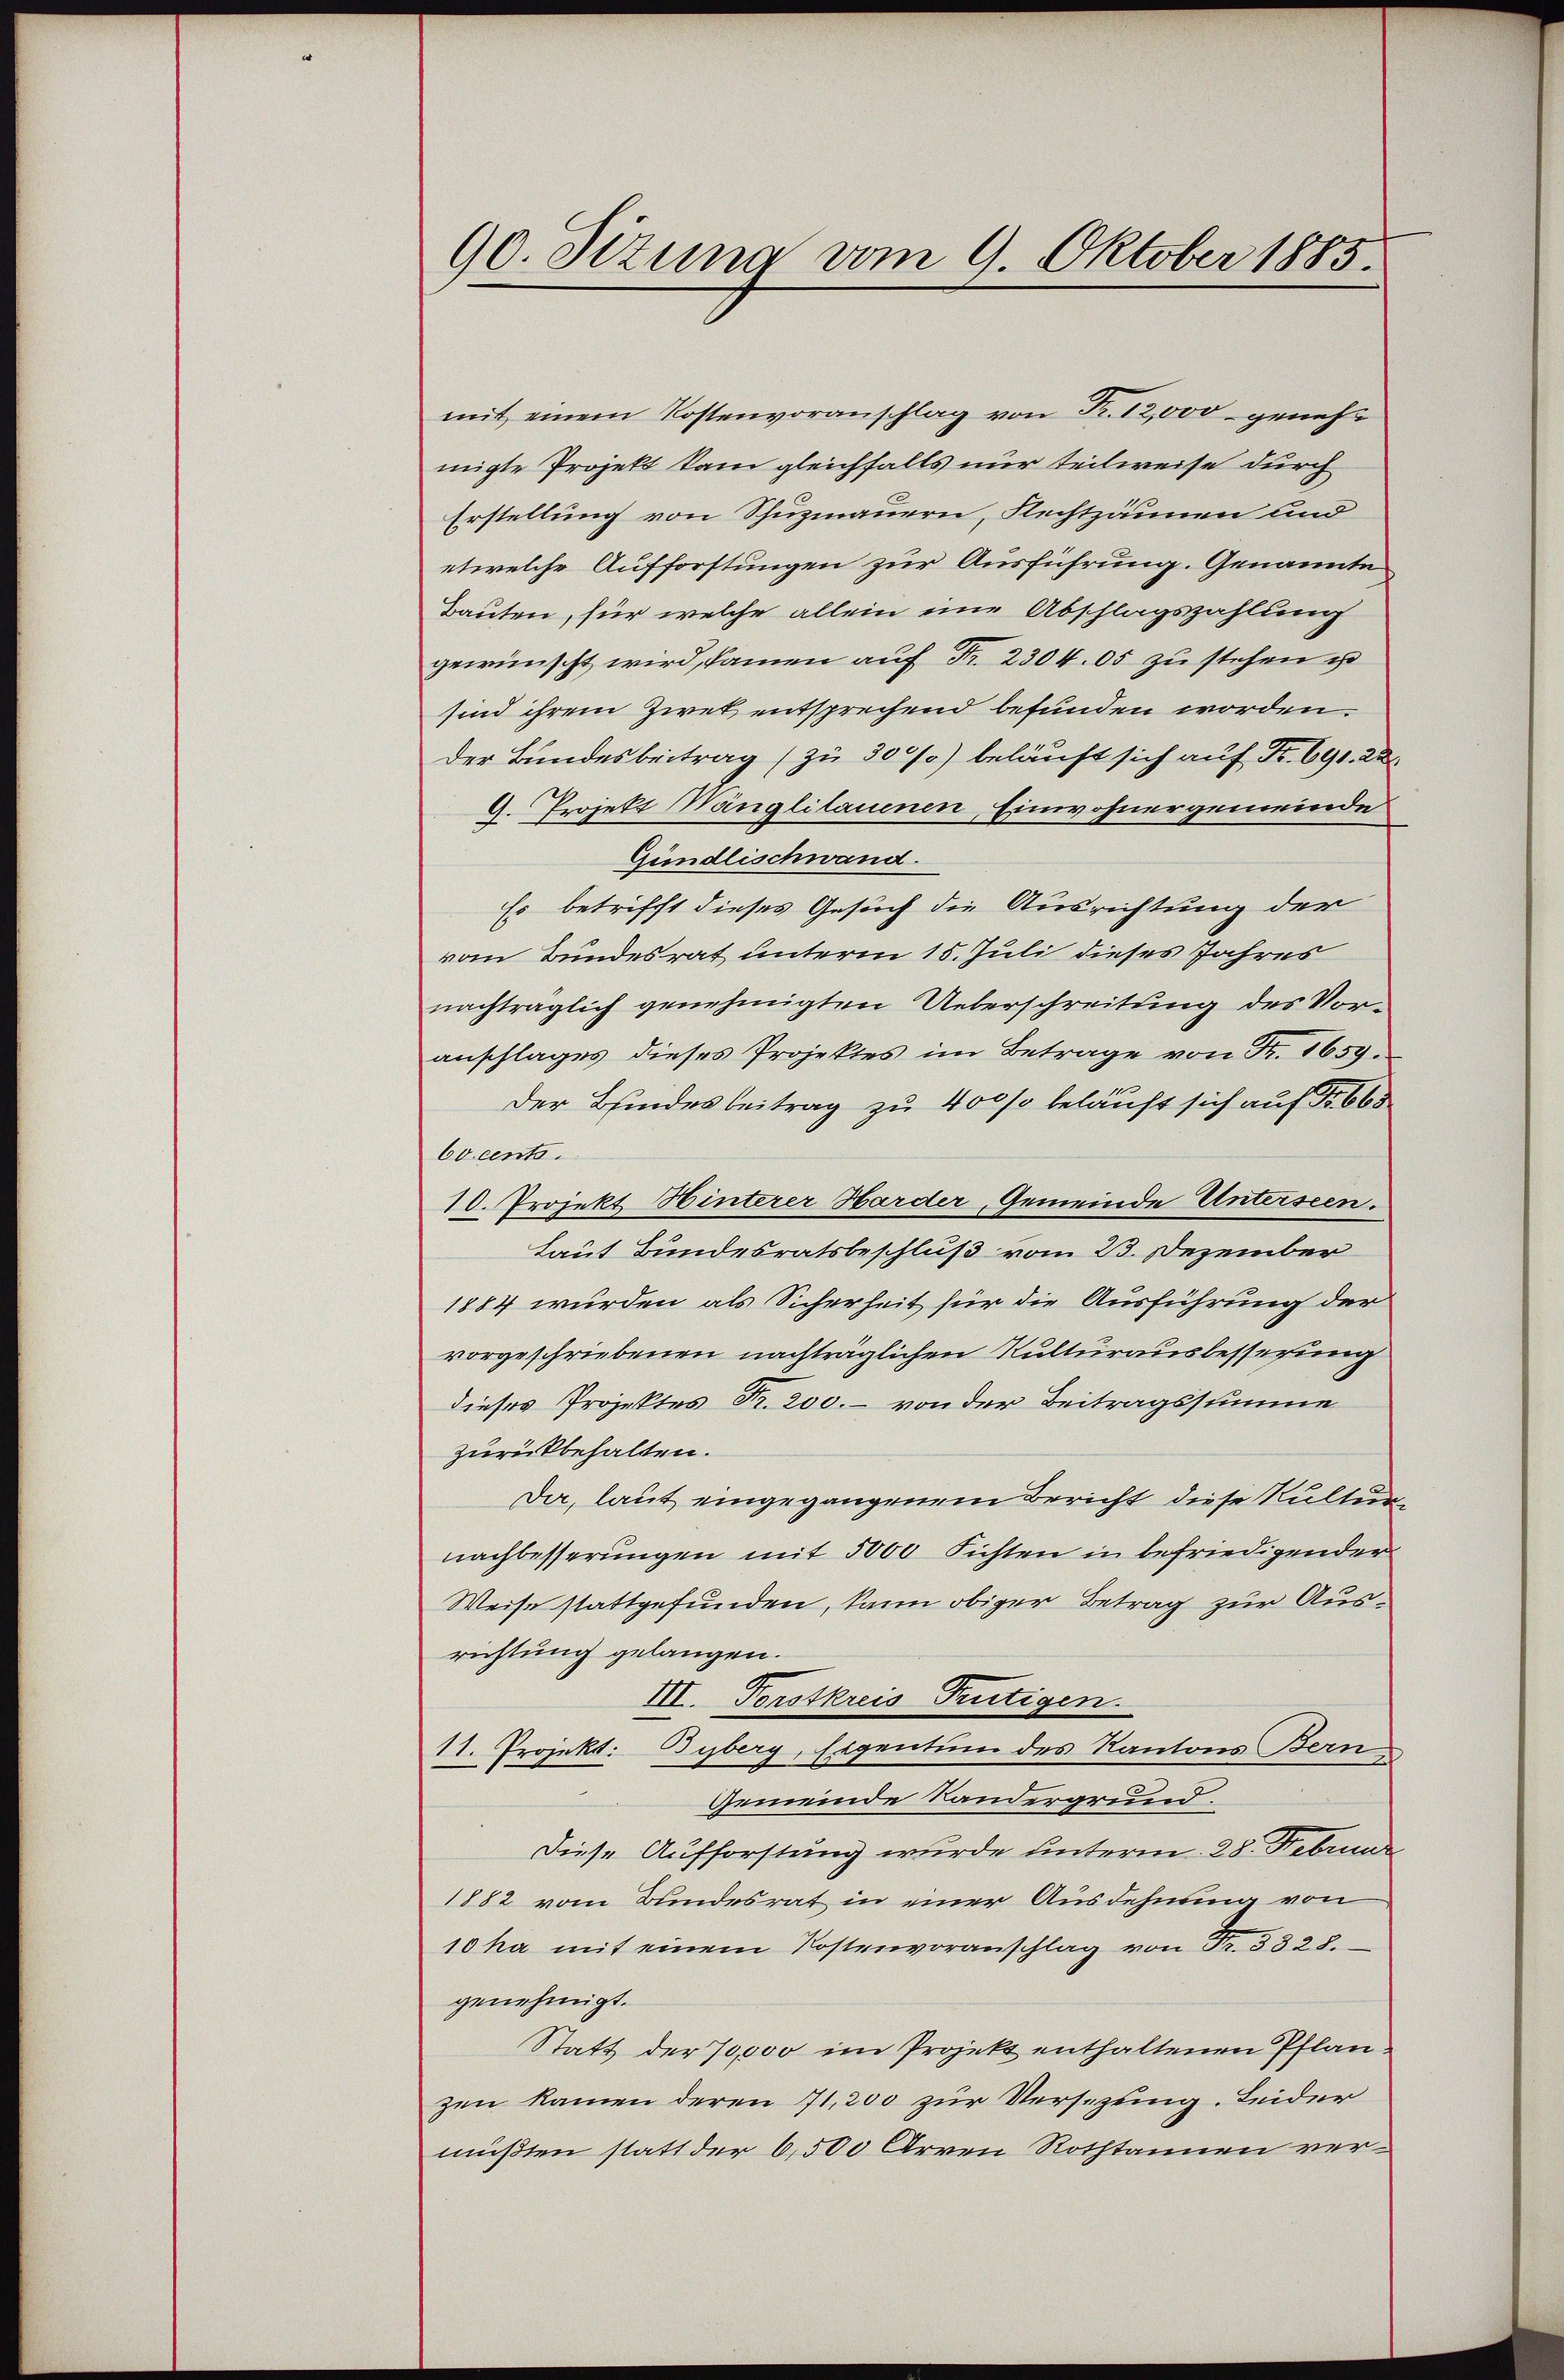
90. Sizung vom 9. Oktober 1885.

mit einem Kostenvoranschlag von Fr. 12,000 genehmigte Projekt kam gleichfalls nur teilweise durch
Erstellung von Schuzmauern, Fechtzäunen und
etwelche Aufforstungen zur Ausführung. Genannte
Bauten, für welche allein eine Abschlagszahlung
gewünscht wird, kamen auf Fr. 2304. 05 zu stehen ist
sind ihrem Zwek entsprechend befunden worden.
Der Bundesbeitrag (zu 300%) beläuft sich auf Fr. 691. 22
9. Projekt Mänglilauenen, Einwohnergemeinde
Gündlischwand.
Es betrifft dieses Gesuch die Ausrichtung der
vom Bundesrat unterm 15. Juli dieses Jahres
nachträglich genehmigten Ueberschreitung des Voranschlages dieses Projektes im Betrage von Fr. 1659.
Der Bindesbeitrag zu 400 % beläuft sich auf Fr. 665
6o cento.
10. Projekt. Winterer Harder, Gemeinde Unterseen.
Laut Bundesratsbeschluß vom 23. Dezember
1884 wurden als Sicherheit für die Ausführung der
vorgeschriebenen nachträglichen Kulturausbesserung
dieses Projektes Fr. 200. – von der Beitragssumme
zurückbehalten.
Da, laut eingegangenem Bericht diese Kultur-
nachbesserungen mit 5000 Fichten in befriedigender
Weise stattgefunden, kann obiger Betrag zur Ausrichtung gelangen.
III. Forstkreis Frutigen.
11. Projekt. Byberg, Eigentum des Kantons Bern,
Gemeinde Landergrund.
Diese Aufforstung wurde unterm 28. Februar
1882 vom Bundesrat in einer Ausdehnung von
10 ha mit einem Kostenvoranschlag von Fr. 3828.
genehmigt.
Statt der 70,000 im Projekt enthaltenen Pflanzen kamen deren 11,200 zur Versezung. Leider
müßten statt der 6,500 Arren Rothtannen ver¬